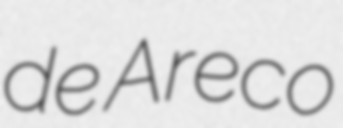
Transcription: de Areco